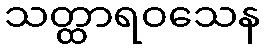
သတ္ထာရဝသေန